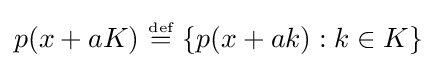
p(x+aK)~{\stackrel {\scriptscriptstyle {\text{def}}}{=}}~\{p(x+ak):k\in K\}